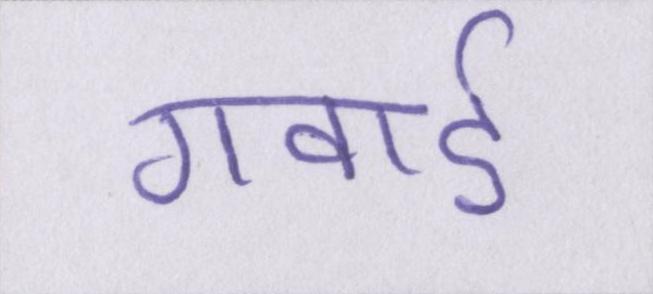
गवाई